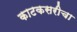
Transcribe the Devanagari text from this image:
काटकसरीचा